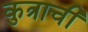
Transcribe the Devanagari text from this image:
कुत्राची